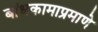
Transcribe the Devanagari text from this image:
बांधकामाप्रमाणे